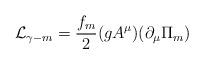
LaTeX: \begin{align*}{\cal L} _{\gamma - m} = {f_m \over 2} (g A^{\mu})(\partial _{\mu} \Pi _m)\end{align*}